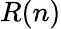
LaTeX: R(n)